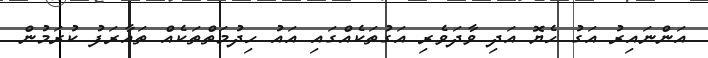
އަންނައިރު އަގު ހެޔޮ އަދި ވާދަވެރި އަގުތަކެއްގައި އައު ހިދުމަތްތަކެއް ތައާރަފު ކުރަމުން